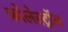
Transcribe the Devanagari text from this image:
कोलेस्‍ट्रॉल